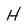
Character: H